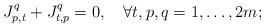
LaTeX: \begin{align*}J_{p,t}^q+J_{t,p}^q=0, \quad\forall t,p,q=1,\ldots,2m;\end{align*}